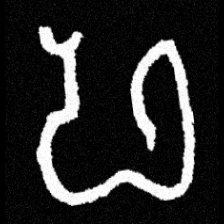
Pyu character \u2014 Myanmar letter: ဖ (romanized: pha)